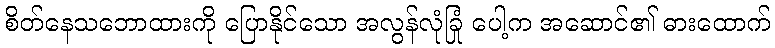
စိတ်နေသဘောထားကို ပြောနိုင်သော အလွန်လုံခြုံ ပေါ့က အဆောင်၏ ဓားထောက်